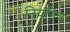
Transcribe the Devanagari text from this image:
नियंतित्र